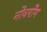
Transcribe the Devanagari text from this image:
नौवगौँग